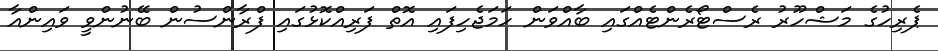
ޕެރިހުގެ މަޝްހޫރު ރެސްޓޯރެންޓެއްގައި ބާއްވަން ހަމަޖެހިފައި އޮތް ފަރިއްކޮޅުގައި ފްރާންސުން ބޭނުންވީ ވައިންއާ